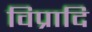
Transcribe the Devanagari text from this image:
विप्रादि